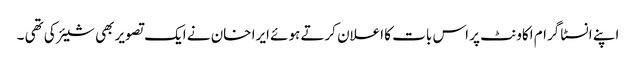
اپنے انسٹا گرام اکاونٹ پر اس بات کا اعلان کرتے ہوئے ایرا خان نے ایک تصویر بھی شیئر کی تھی ۔